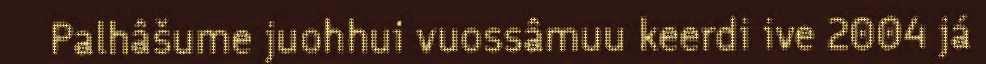
Palhâšume juohhui vuossâmuu keerdi ive 2004 já